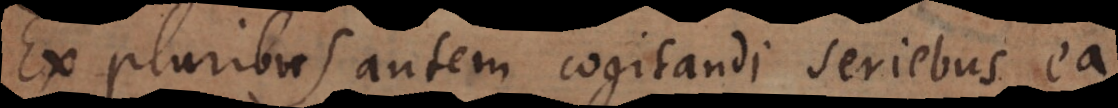
Ex pluribus autem cogitandi seriebus ea